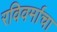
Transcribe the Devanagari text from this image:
रविवर्माचा